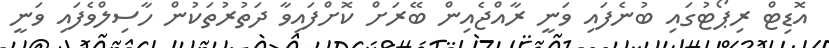
އޮޑިޓް ރިޕޯޓުގައި ބުނެފައި ވަނީ ރާއްޖެއިން ބޭރަށް ކޮށްފައިވާ ދަތުރުތަކުން ހާސިލްވެފައި ވަނީ